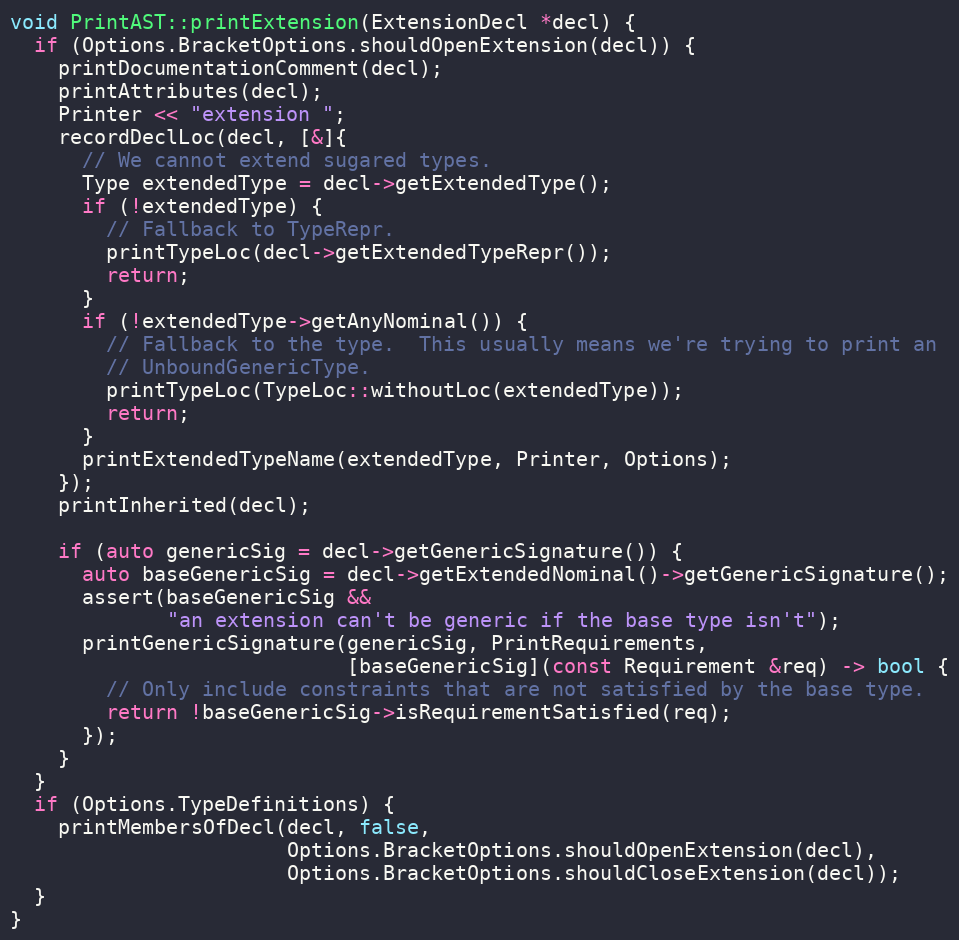
Language: C++
void PrintAST::printExtension(ExtensionDecl *decl) {
  if (Options.BracketOptions.shouldOpenExtension(decl)) {
    printDocumentationComment(decl);
    printAttributes(decl);
    Printer << "extension ";
    recordDeclLoc(decl, [&]{
      // We cannot extend sugared types.
      Type extendedType = decl->getExtendedType();
      if (!extendedType) {
        // Fallback to TypeRepr.
        printTypeLoc(decl->getExtendedTypeRepr());
        return;
      }
      if (!extendedType->getAnyNominal()) {
        // Fallback to the type.  This usually means we're trying to print an
        // UnboundGenericType.
        printTypeLoc(TypeLoc::withoutLoc(extendedType));
        return;
      }
      printExtendedTypeName(extendedType, Printer, Options);
    });
    printInherited(decl);

    if (auto genericSig = decl->getGenericSignature()) {
      auto baseGenericSig = decl->getExtendedNominal()->getGenericSignature();
      assert(baseGenericSig &&
             "an extension can't be generic if the base type isn't");
      printGenericSignature(genericSig, PrintRequirements,
                            [baseGenericSig](const Requirement &req) -> bool {
        // Only include constraints that are not satisfied by the base type.
        return !baseGenericSig->isRequirementSatisfied(req);
      });
    }
  }
  if (Options.TypeDefinitions) {
    printMembersOfDecl(decl, false,
                       Options.BracketOptions.shouldOpenExtension(decl),
                       Options.BracketOptions.shouldCloseExtension(decl));
  }
}